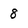
Character: 8